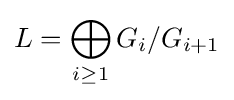
L=\bigoplus _{i\geq 1}G_{i}/G_{i+1}